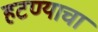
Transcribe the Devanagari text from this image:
हटण्याचा